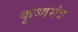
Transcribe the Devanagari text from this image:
कृष्णमंत्र